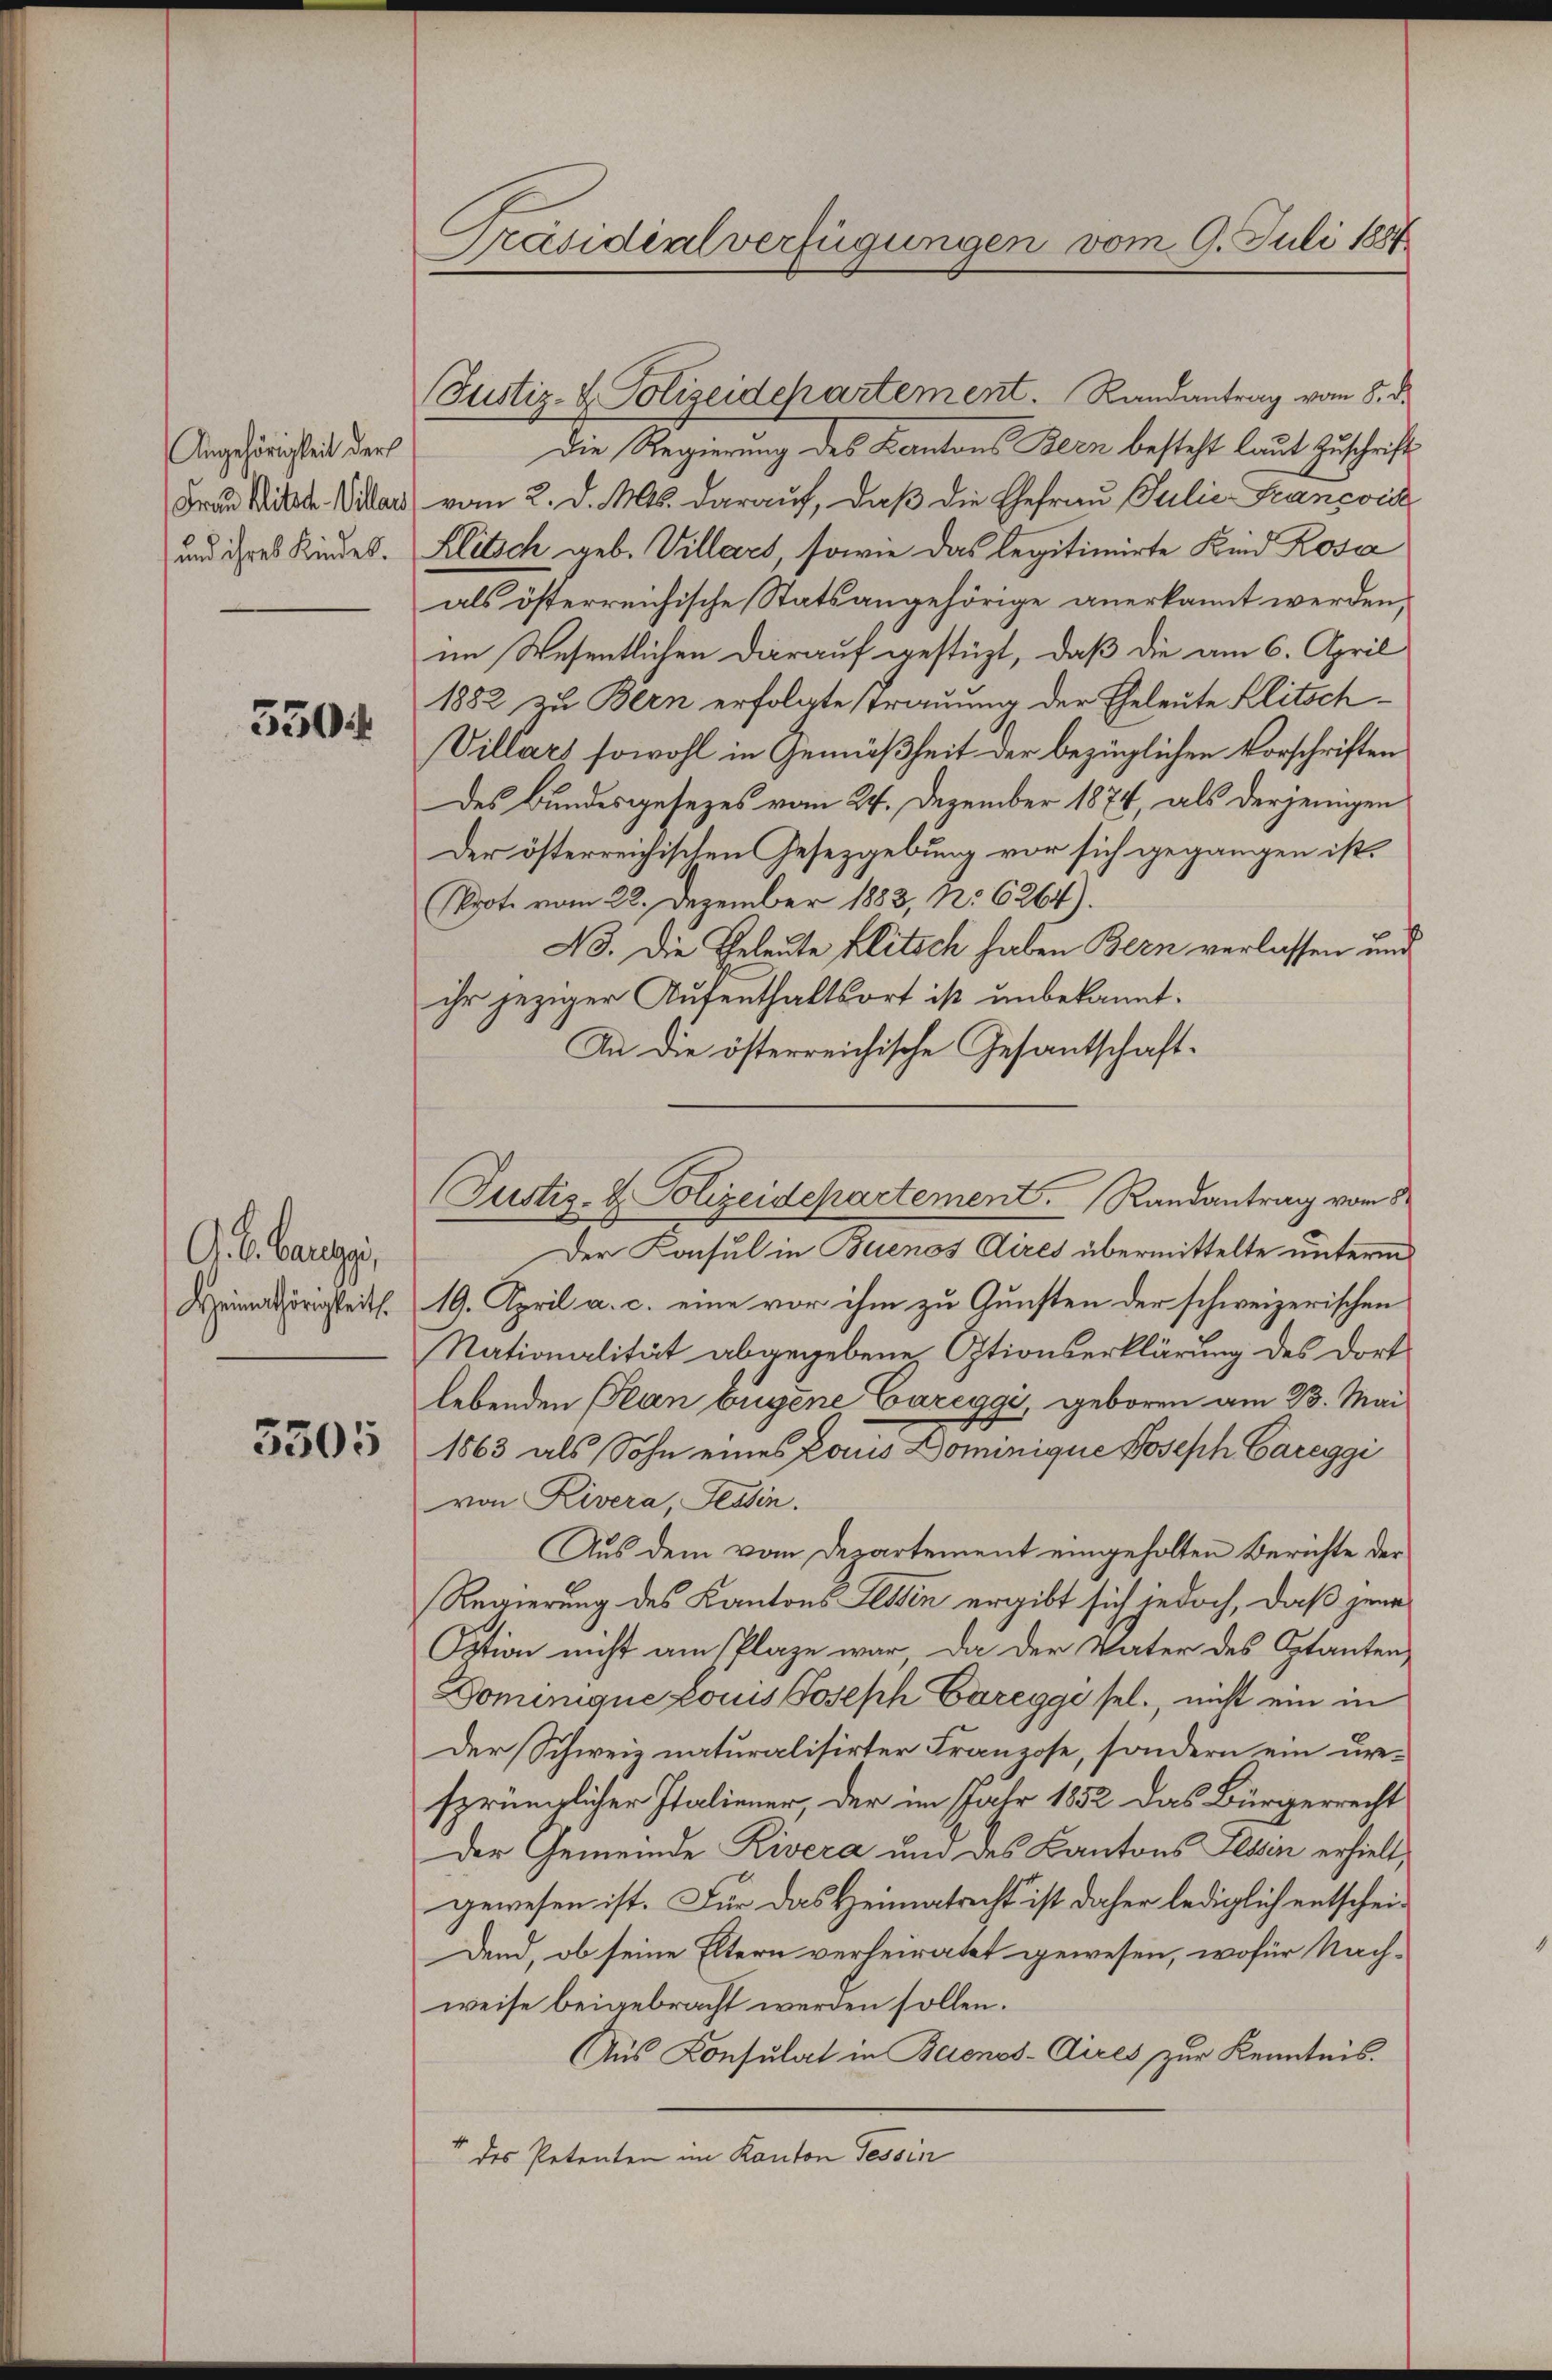
Angehörigkeit der
Frau Mitsch. Villars
und ihres Kindes.

5504

O. B. Bauer,
Heimathörigkeit.

3305

Präsidialverfügungen vom 9. Juli 1887

Die Regierung des Kantons Bern besteht laut Zuschrift
vom 2. d. Mts. darauf, daß die Ehefrau Julić-Francois
Klitsch geb. Villars, sowie das legitimirte Kind Rosa
als österreichische Statsangehörige anerkannt werden,
im Wesentlichen darauf gestüzt, daß die am 6. April
1882 zu Bern erfolgte strauung der Eheleute Klitsch¬
Villars sowohl in Gemäßheit der bezüglichen Vorschriften
des Bundesgesezes vom 24. Dezember 1874, als derjenigen
Der österreichischen Gesetzgebung vor sich gegangen ist.
Prot. vom 22. Dezember 1883, No 6264).
No. Die Geleute flitich haben Bern verlassen und
ihr jeziger Aufenthaltsort ist unbekannt.
An die österreichische Gesantschaft¬
Der Konsul in Buenos Aires übermittelte unterm
19. April a. c. eine vor ihm zu Gunsten der schweizerischen
Nationalität abgegebene Otionserklärung des Dort
lebenden Plan Eugene Caregge, geboren am 23. Mai
1863 als Sohn eines Paus Dominique Joseph Careggi
von Rivera, Tessin.
Aus dem vom Departement eingeholten Berichte der
Regierung des Kantons Tessin ergibt sich jedoch, daß jene¬
Sation nicht am Plaze war, da der Vater des Optanten-
Domunique Locus Joseph Caregge sel., nicht ein in
Der Schweiz naturalisirter Franzose, sondern ein ursprünglicher Italiener, der im Jahr 1852 das Bürgerrecht
Der Gemeinde Rivera und des Kantons Tessin erhielt,
gewesen ist. Für das Heimatricht ist daher lediglich entschei¬
Dend, ob seine Eltern verheiratet gewesen, wofür Nachweise beigebracht werden sollen.
Aus Konsulat in Buenos-Aires zur Kenntnis.
" des Petenten im Kanton Tessin

(Justiz- & Polizeidepartement. Randantrag vom 8. d.

Justiz- & Polizeidepartement. Randantrag vom 8